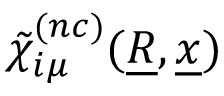
\tilde { \chi } _ { i \mu } ^ { ( n c ) } ( \underline { { R } } , \underline { { x } } )